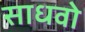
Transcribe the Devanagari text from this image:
साधवो